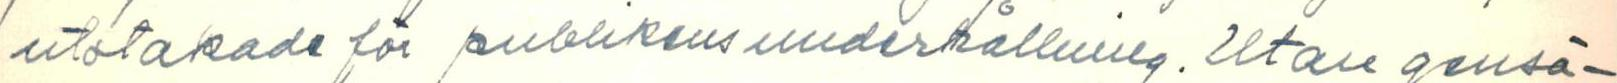
utstakade för publikens underhållning. Utan gensä-